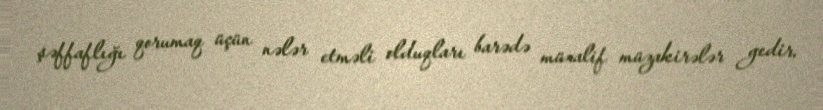
şəffaflığı qorumaq üçün nələr etməli olduqları barədə müxalif müzakirələr gedir.